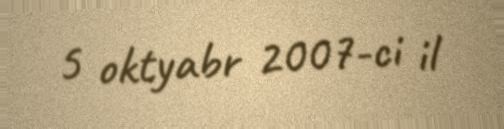
5 oktyabr 2007-ci il